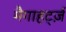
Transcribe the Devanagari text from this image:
मैगाहर्ट्ज़